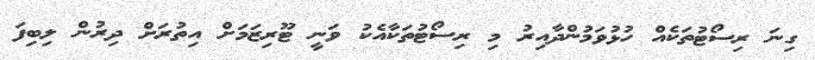
ގިނަ ރިސޯޓުތަކެއް ހުޅުވަމުންދާއިރު މި ރިސޯޓުތަކާއެކު ވަނީ ޓޫރިޒަމަށް އިތުރަށް ދިރުން ލިބިފަ